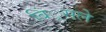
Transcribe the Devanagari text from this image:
बिं्रसले